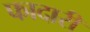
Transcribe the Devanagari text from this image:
फादारी